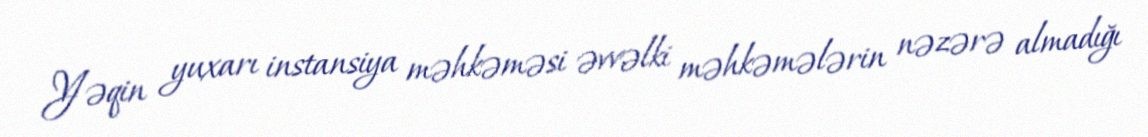
Yəqin yuxarı instansiya məhkəməsi əvvəlki məhkəmələrin nəzərə almadığı